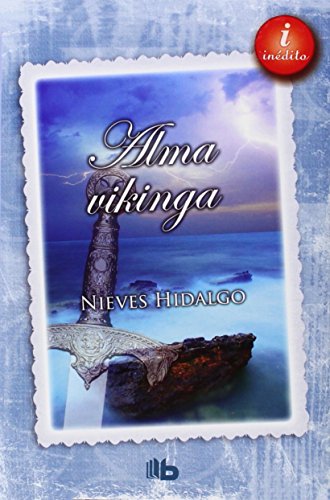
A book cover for Alma vikinga (Spanish Edition); Nieves Hidalgo; Romance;